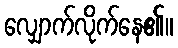
လျှောက်လိုက်နေ၏။